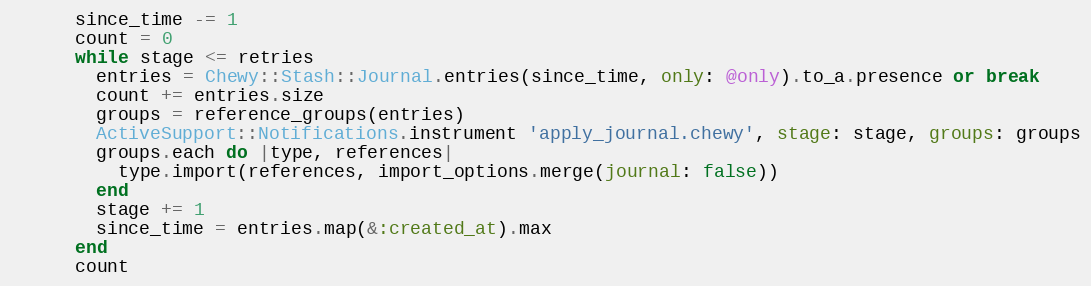
Language: Ruby
      since_time -= 1
      count = 0
      while stage <= retries
        entries = Chewy::Stash::Journal.entries(since_time, only: @only).to_a.presence or break
        count += entries.size
        groups = reference_groups(entries)
        ActiveSupport::Notifications.instrument 'apply_journal.chewy', stage: stage, groups: groups
        groups.each do |type, references|
          type.import(references, import_options.merge(journal: false))
        end
        stage += 1
        since_time = entries.map(&:created_at).max
      end
      count